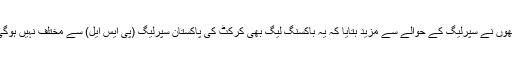
انھوں نے سپرلیگ کے حوالے سے مزید بتایا کہ یہ باکسنگ لیگ بھی کرکٹ کی پاکستان سپرلیگ (پی ایس ایل) سے مختلف نہیں ہوگی۔